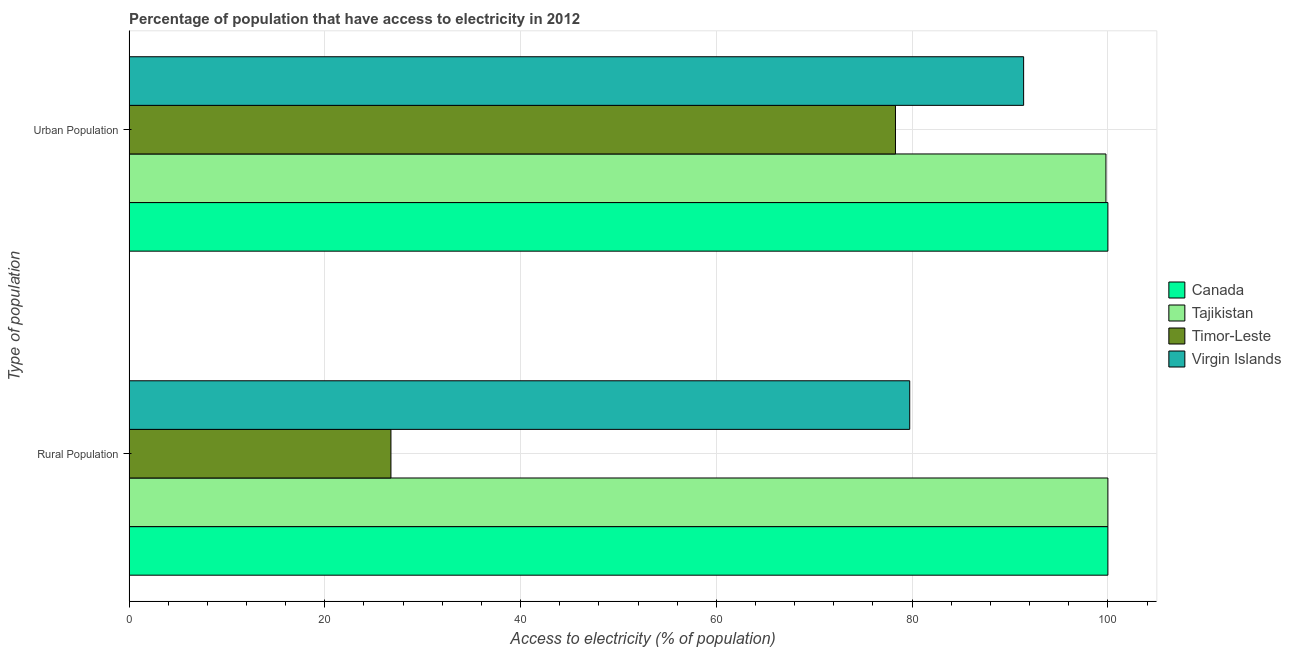
| Type of population | Canada | Tajikistan | Timor-Leste | Virgin Islands |
 | --- | --- | --- | --- | --- |
 | Rural Population | 100 | 100 | 26.8 | 79.8 |
 | Urban Population | 100 | 99.8 | 78.3 | 91.4 |